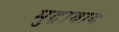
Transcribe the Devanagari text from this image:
मुद्रावाद